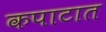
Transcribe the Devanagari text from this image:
कपाटात